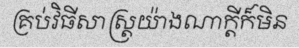
គ្រប់វិធីសាស្ត្រយ៉ាងណាក្តីក៏មិន